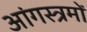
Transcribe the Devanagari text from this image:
आंगस्त्रमों